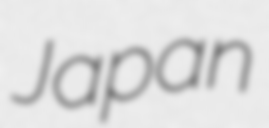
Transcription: Japan